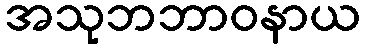
အသုဘဘာဝနာယ